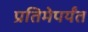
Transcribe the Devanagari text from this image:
प्रतिमेपर्यंत